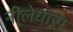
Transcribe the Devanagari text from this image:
नीलेघास